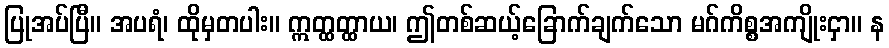
ပြုအပ်ပြီ။ အပရံ၊ ထိုမှတပါး။ ဣတ္ထတ္ထာယ၊ ဤတစ်ဆယ့်ခြောက်ချက်သော မဂ်ကိစ္စအကျိုးငှာ။ န